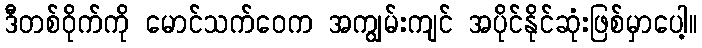
ဒီတစ်ဝိုက်ကို မောင်သက်ဝေက အကျွမ်းကျင် အပိုင်နိုင်ဆုံးဖြစ်မှာပေါ့။